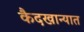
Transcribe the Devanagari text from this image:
कैदखान्यात